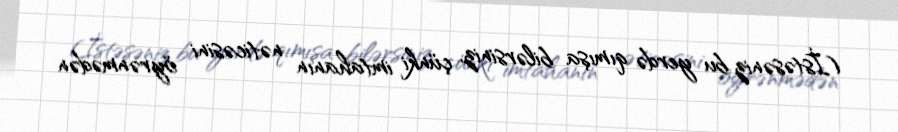
(İstəsəniz bu yerdə qımışa bilərsiniz, çünki imtahanın nəticəsini öyrənmədən